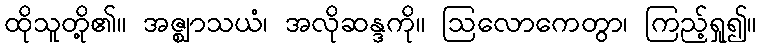
ထိုသူတို့၏။ အဇ္ဈာသယံ၊ အလိုဆန္ဒကို။ ဩလောကေတွာ၊ ကြည့်ရှု၍။